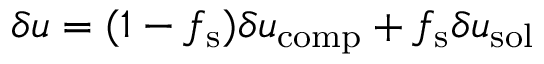
\delta u = ( 1 - f _ { \mathrm { s } } ) \delta u _ { \mathrm { c o m p } } + f _ { \mathrm { s } } \delta u _ { \mathrm { s o l } }